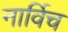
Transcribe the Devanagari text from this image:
नार्विच